Source: Handwritten
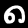
Digit: ၈ (8)